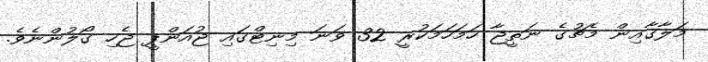
މަލާގާއިން މެޗުގެ ނަތީޖާ ހަމަހަމަކުރީ 32 ވަނަ މިނިޓްގައި ޖުއަންޕީ ޖެހި ގޯލުންނެވެ.